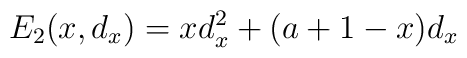
E_2 (x, d_x) = xd_x^2 + (a+1-x) d_x